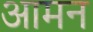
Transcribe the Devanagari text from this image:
आमन